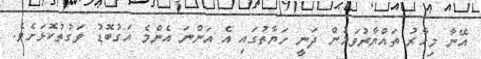
އޭނާ މިހާރު ތައްޔާރުވަމުން ދަނީ ހަޔާތުގައި އެ އަންނަ އެންމެ އަގުބޮޑު ވަގުތުކޮޅަށެވެ.